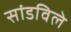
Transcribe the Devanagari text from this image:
सांडविले